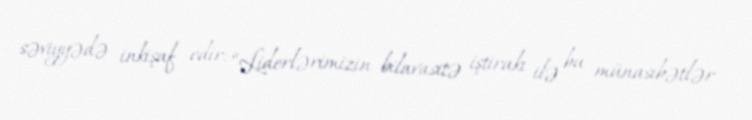
səviyyədə inkişaf edir: “Liderlərimizin bilavasitə iştirakı ilə bu münasibətlər